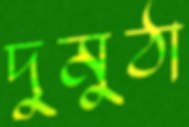
দুমুঠা